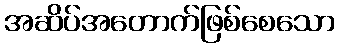
အဆိပ်အတောက်ဖြစ်စေသော